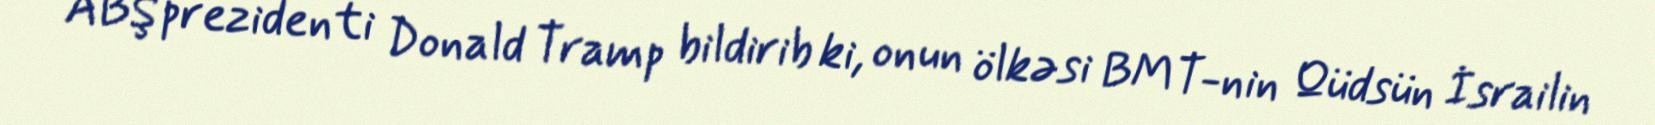
ABŞ prezidenti Donald Tramp bildirib ki, onun ölkəsi BMT-nin Qüdsün İsrailin